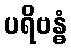
ပရိဗန္ဓံ